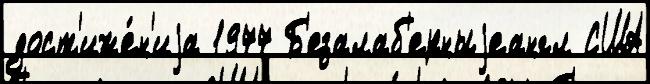
дост'иже́н'иjа 1977 Б'езалаб'ерныjеангл США